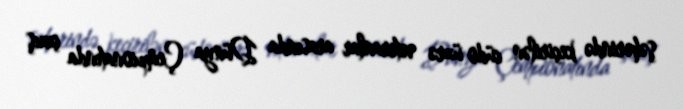
şəhərində keçirilən cüdo üzrə veteranlar arasında Dünya Çempionatında çıxış